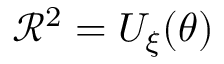
{ \mathcal R } ^ { 2 } = U _ { \xi } ( \theta )